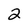
Character: 2